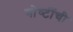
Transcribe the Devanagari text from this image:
गोष्‍टींची